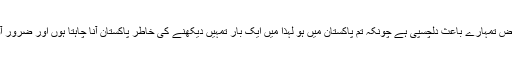
کم از کم میں پاکستان کا تصور صرف تمہارے لئے ہی کرتا ہوں اور سارے پاکستان میں محض تمہارے باعث دلچسپی ہے چونکہ تم پاکستان میں ہو لہٰذا میں ایک بار تمہیں دیکھنے کی خاطر پاکستان آنا چاہتا ہوں اور ضرور آؤں گا لیکن اگر تم کسی طرح چھبن کے ساتھ آسکتے ہو تو کم از کم میری ہی خاطر چلے آؤ۔